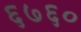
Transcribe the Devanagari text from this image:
६७६०